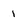
Character: 1